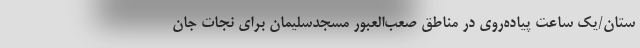
ستان/یک ساعت پیاده‌روی در مناطق صعب‌العبور مسجدسلیمان برای نجات جان